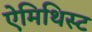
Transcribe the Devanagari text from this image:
ऐमिथिस्ट